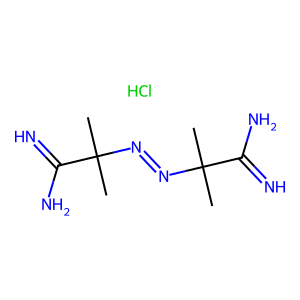
SMILES: CC(C)(N=NC(C)(C)C(=N)N)C(=N)N.Cl
Inhibits HIV replication: No